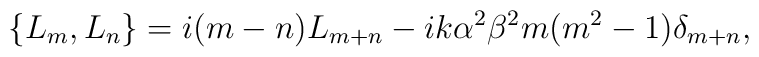
\left\{L_m,L_n\right\} = i(m-n)L_{m+n} - ik\alpha^2\beta^2m(m^2-1)\delta_{m+n} ,